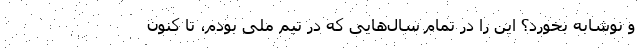
و نوشابه بخورد؟ این را در تمام سال‌هایی که در تیم ملی بودم، تا کنون